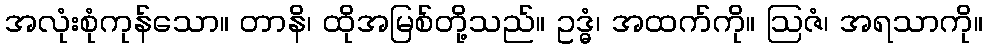
အလုံးစုံကုန်သော။ တာနိ၊ ထိုအမြစ်တို့သည်။ ဥဒ္ဓံ၊ အထက်ကို။ ဩဇံ၊ အရသာကို။